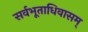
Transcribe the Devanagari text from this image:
सर्वभूताधिवासम्